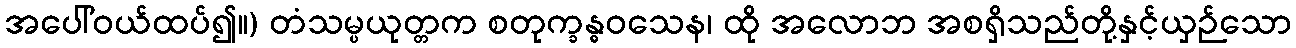
အပေါ်ဝယ်ထပ်၍။) တံသမ္ပယုတ္တက စတုက္ခန္ဓဝသေန၊ ထို အလောဘ အစရှိသည်တို့နှင့်ယှဉ်သော